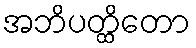
အဘိပတ္ထိတော